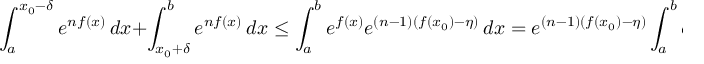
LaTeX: \int _ { a } ^ { x _ { 0 } - \delta } e ^ { n f ( x ) } \, d x + \int _ { x _ { 0 } + \delta } ^ { b } e ^ { n f ( x ) } \, d x \leq \int _ { a } ^ { b } e ^ { f ( x ) } e ^ { ( n - 1 ) ( f ( x _ { 0 } ) - \eta ) } \, d x = e ^ { ( n - 1 ) ( f ( x _ { 0 } ) - \eta ) } \int _ { a } ^ { b } e ^ { f ( x ) } \, d x .